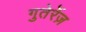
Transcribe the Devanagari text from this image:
गुतेर्रेज़